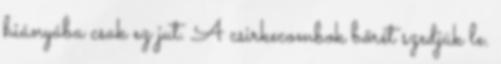
hiányába csak ez jut. A csirkecombok bőrét szedjük le.